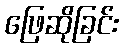
ဖြေဆိုခြင်း